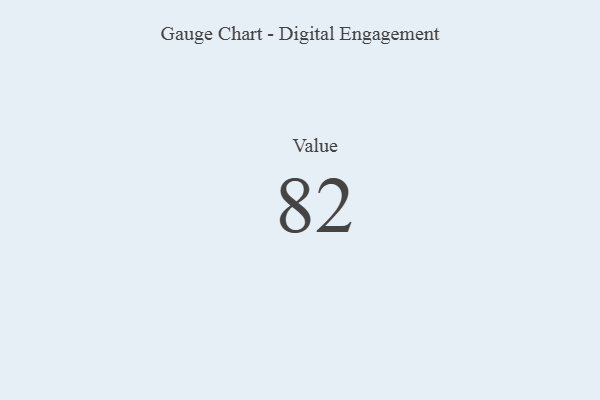
{"axis": {"x": "Metric", "y": "Value"}, "legend": [""], "data": [{"x": "Value", "y": 82, "type": ""}]}